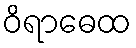
ဝိရာဓေထ